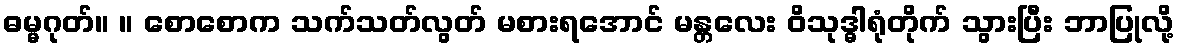
ဓမ္မဂုတ်။ ။ စောစောက သက်သတ်လွတ် မစားရအောင် မန္တလေး ဝိသုဒ္ဓါရုံတိုက် သွားပြီး ဘာပြုလို့